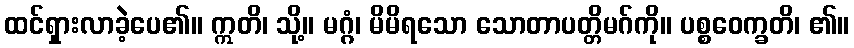
ထင်ရှားလာခဲ့ပေ၏။ ဣတိ၊ သို့။ မဂ္ဂံ၊ မိမိရသော သောတာပတ္တိမဂ်ကို။ ပစ္စဝေက္ခတိ၊ ၏။